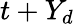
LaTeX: t+Y_{d}